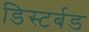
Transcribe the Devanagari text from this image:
डिस्टर्बड